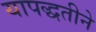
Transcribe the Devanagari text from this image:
यापद्धतीने